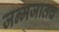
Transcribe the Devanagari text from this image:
जन्मजातच